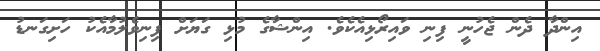
އިންދާ ދެން ޖެހުނީ ފިނި ވައިރޯޅިއެކެވެ. އިންޝާގެ މުޅި ގަޔަށް ފިނިވެލުމާއެކު ހަށިގަނޑު